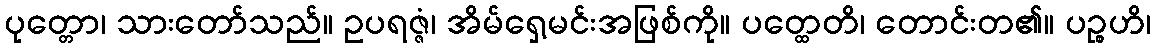
ပုတ္တော၊ သားတော်သည်။ ဥပရဇ္ဇံ၊ အိမ်ရှေ့မင်းအဖြစ်ကို။ ပတ္ထေတိ၊ တောင်းတ၏။ ပဉ္စဟိ၊